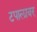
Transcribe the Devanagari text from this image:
टपालावर